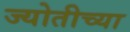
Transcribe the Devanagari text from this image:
ज्योतीच्या